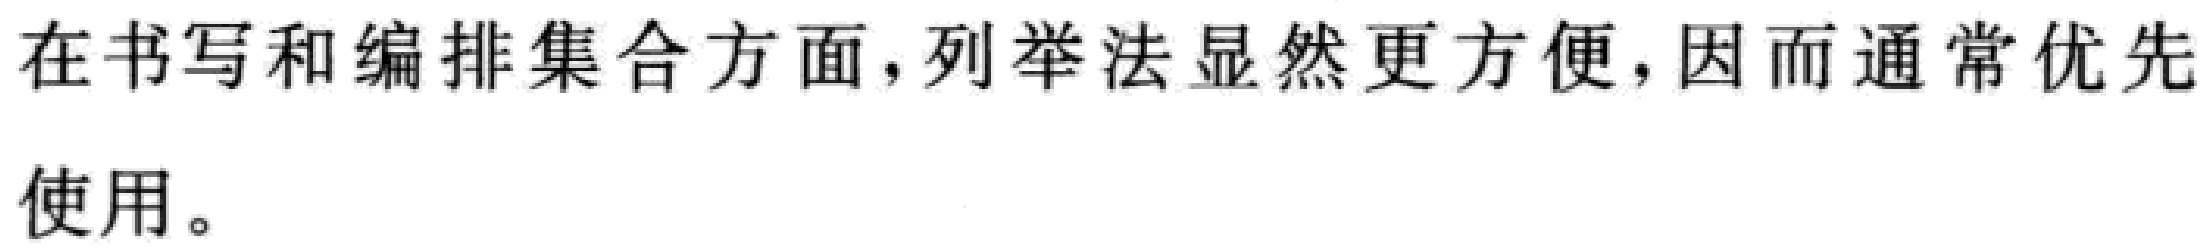
在书写和编排集合方面，列举法显然更方便，因而通常优先使用。